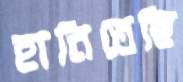
হানিতেছি